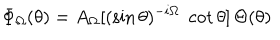
LaTeX: \Phi _ { \Omega } ( \theta ) = A _ { \Omega } [ ( \sin \theta ) ^ { - i \Omega } \; \cot \theta ] \, \Theta ( \theta )